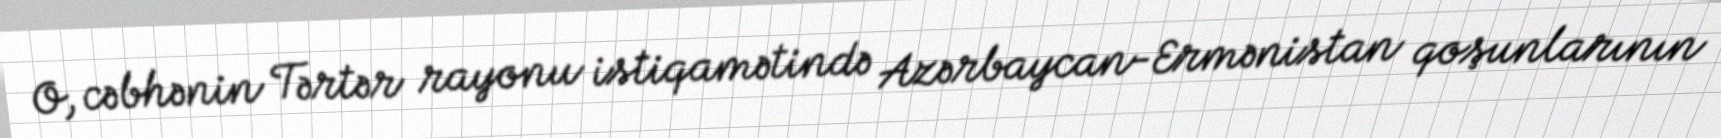
O, cəbhənin Tərtər rayonu istiqamətində Azərbaycan-Ermənistan qoşunlarının